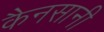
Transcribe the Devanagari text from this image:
कैनसानी